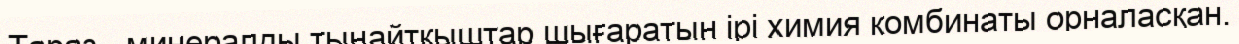
Тараз - минералды тыңайтқыштар шығаратын ірі химия комбинаты орналасқан.